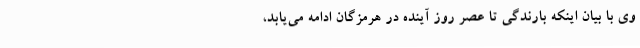
وی با بیان اینکه بارندگی تا عصر روز آینده در هرمزگان ادامه می‌یابد،